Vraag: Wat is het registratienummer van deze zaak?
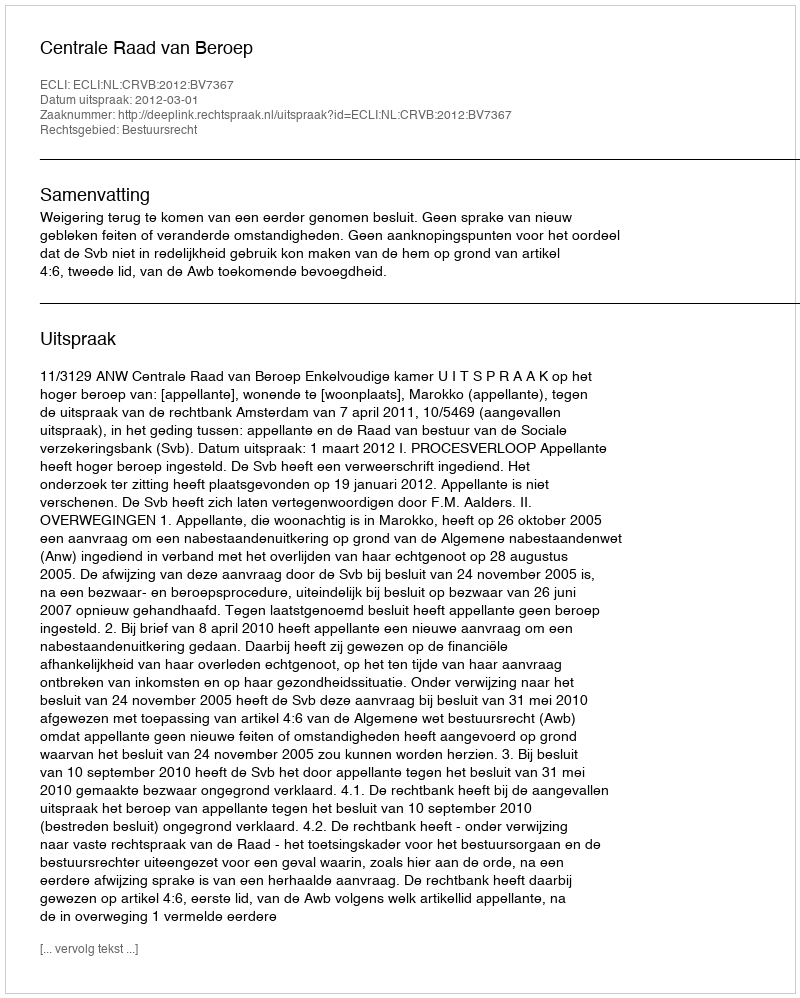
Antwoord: http://deeplink.rechtspraak.nl/uitspraak?id=ECLI:NL:CRVB:2012:BV7367